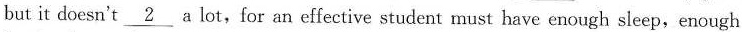
but it doesn't \underline{2} a lot,for an effective student must have enough sleep，enough